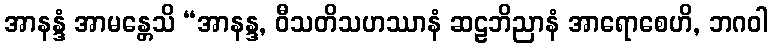
အာနန္ဒံ အာမန္တေသိ “အာနန္ဒ, ဝီသတိသဟဿာနံ ဆဠဘိညာနံ အာရောစေဟိ, ဘဂဝါ